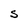
Character: S